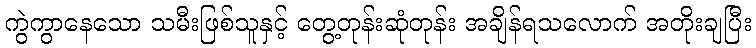
ကွဲကွာနေသော သမီးဖြစ်သူနှင့် တွေ့တုန်းဆုံတုန်း အချိန်ရသလောက် အတိုးချပြီး